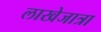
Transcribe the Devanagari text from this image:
लाखेजात्रा